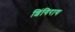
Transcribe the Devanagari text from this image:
शिंगिराय